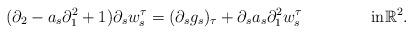
LaTeX: \begin{align*}(\partial_2 - a_s \partial_1^2 + 1) \partial_s w^{\tau}_s & = (\partial_s g_s)_{\tau} + \partial_s a_s \partial_1^2 w^{\tau}_s && \textrm{in} \mathbb{R}^2.\end{align*}